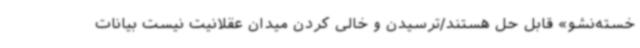
خسته‌نشو» قابل حل هستند/ترسیدن و خالی کردن میدان عقلانیت نیست بیانات